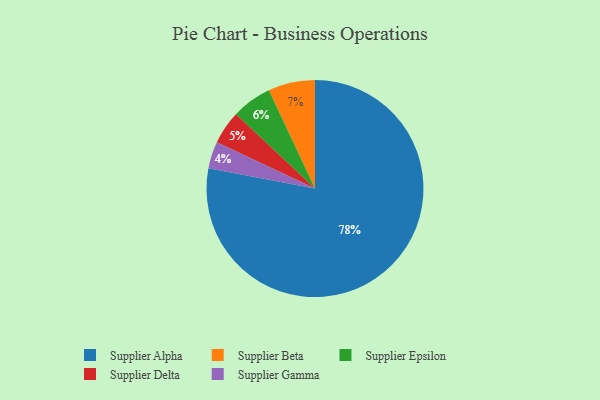
{"axis": {"x": "Category", "y": "Percentage"}, "legend": ["Supplier Alpha", "Supplier Beta", "Supplier Delta", "Supplier Epsilon", "Supplier Gamma"], "data": [{"x": "Supplier Delta", "y": 5, "type": "Supplier Delta"}, {"x": "Supplier Epsilon", "y": 6, "type": "Supplier Epsilon"}, {"x": "Supplier Gamma", "y": 4, "type": "Supplier Gamma"}, {"x": "Supplier Alpha", "y": 78, "type": "Supplier Alpha"}, {"x": "Supplier Beta", "y": 7, "type": "Supplier Beta"}]}